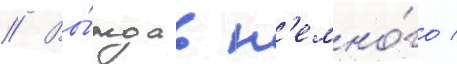
// Вы́ждав н'емно́го /